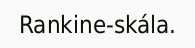
Rankine-skála.